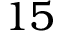
1 5